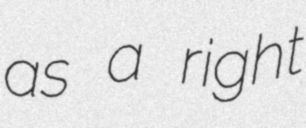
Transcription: as a right